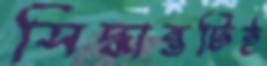
সিদ্ধান্তটিই